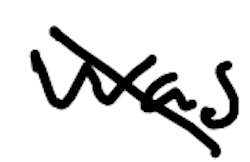
Text: was
Cross-out: diagonal
Writing tool: digital_black